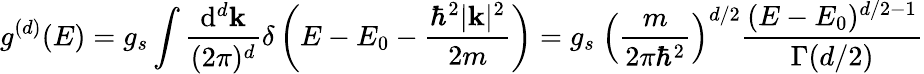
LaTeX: g^{(d)}(E)=g_{s}\int{\frac{\mathrm{d}^{d}\mathbf{k}}{(2\pi)^{d}}}\delta\left(E-E_{0}-{\frac{\hbar^{2}|\mathbf{k}|^{2}}{2m}}\right)=g_{s}\ \left({\frac{m}{2\pi\hbar^{2}}}\right)^{d/2}{\frac{(E-E_{0})^{d/2-1}}{\Gamma(d/2)}}